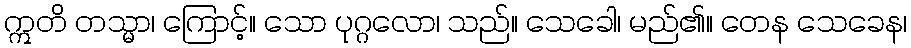
ဣတိ တသ္မာ၊ ကြောင့်။ သော ပုဂ္ဂလော၊ သည်။ သေခေါ၊ မည်၏။ တေန သေခေန၊